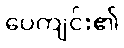
ပေကျင်း၏